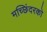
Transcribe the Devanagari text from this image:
मच्छिंदरको